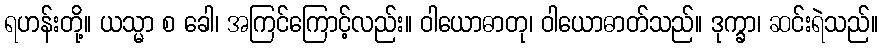
ရဟန်းတို့။ ယသ္မာ စ ခေါ၊ အကြင်ကြောင့်လည်း။ ဝါယောဓာတု၊ ဝါယောဓာတ်သည်။ ဒုက္ခာ၊ ဆင်းရဲသည်။